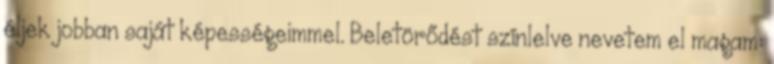
éljek jobban saját képességeimmel. Beletörődést színlelve nevetem el magam: